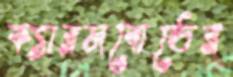
ক্যারমবোর্ডের